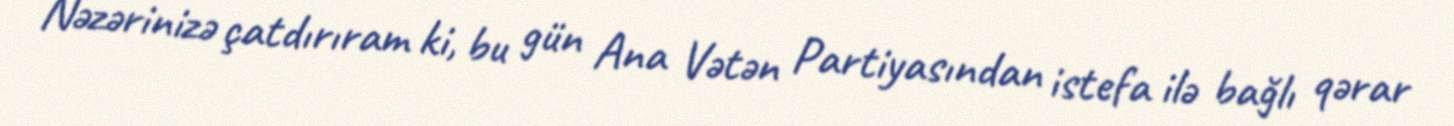
Nəzərinizə çatdırıram ki, bu gün Ana Vətən Partiyasından istefa ilə bağlı qərar